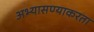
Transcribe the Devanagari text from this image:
अभ्यासण्याकरता